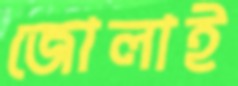
জোলাই